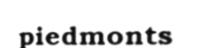
piedmonts